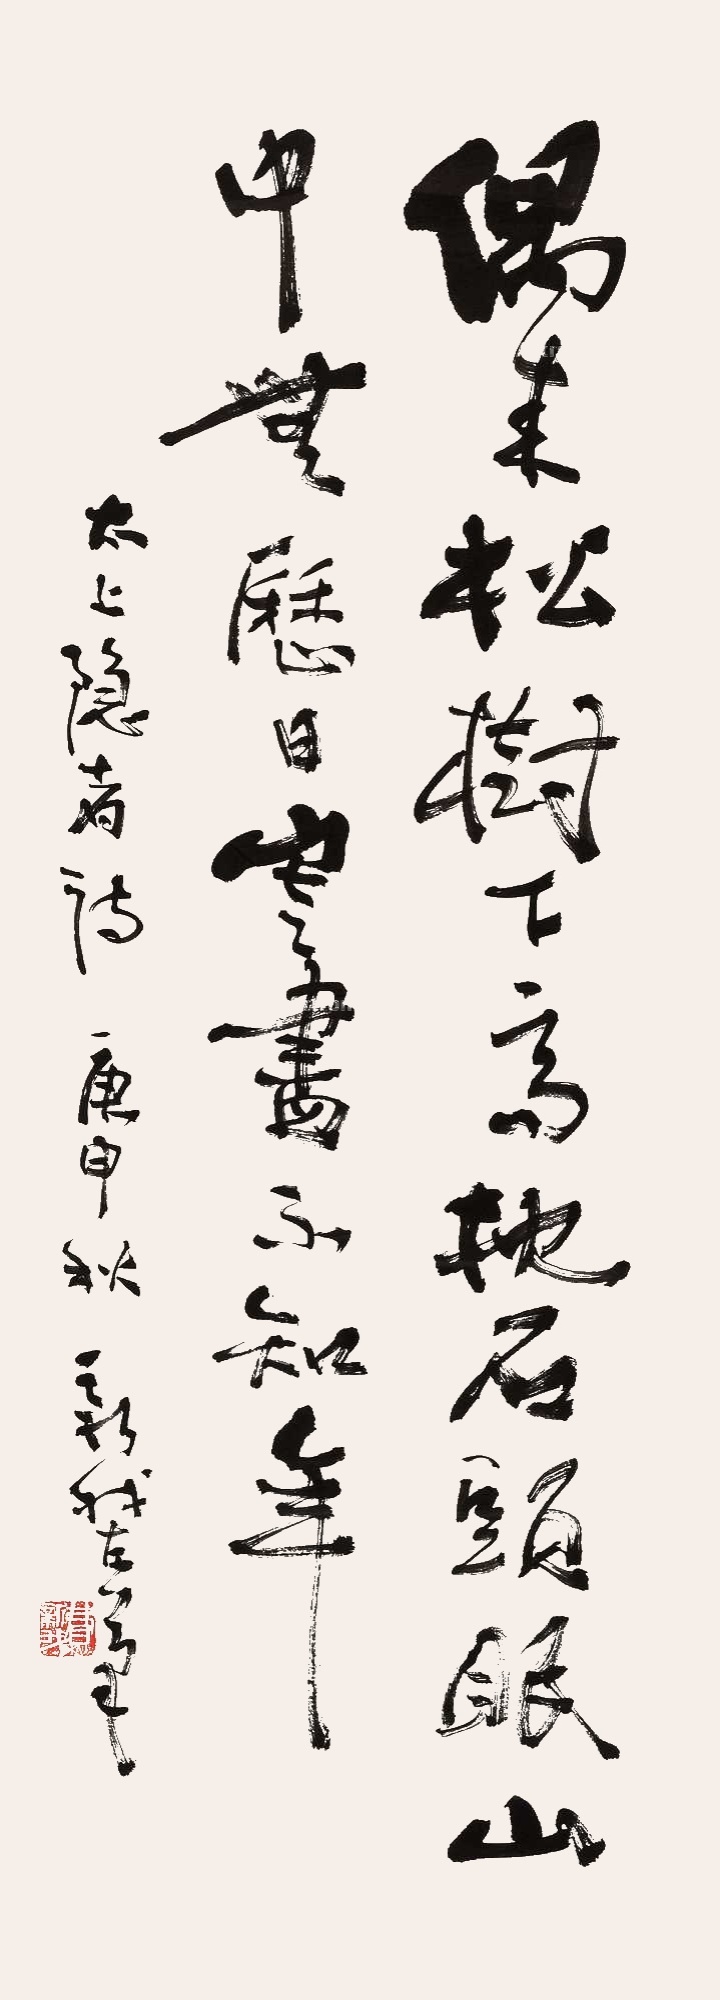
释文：偶来松树下，高枕石头眠。山中无历日，寒尽不知年。太上隐者诗。庚申秋，新我左笔。